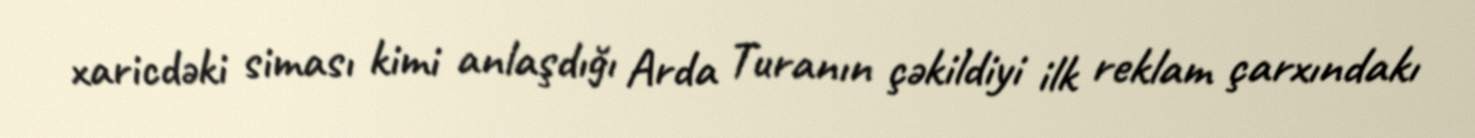
xaricdəki siması kimi anlaşdığı Arda Turanın çəkildiyi ilk reklam çarxındakı